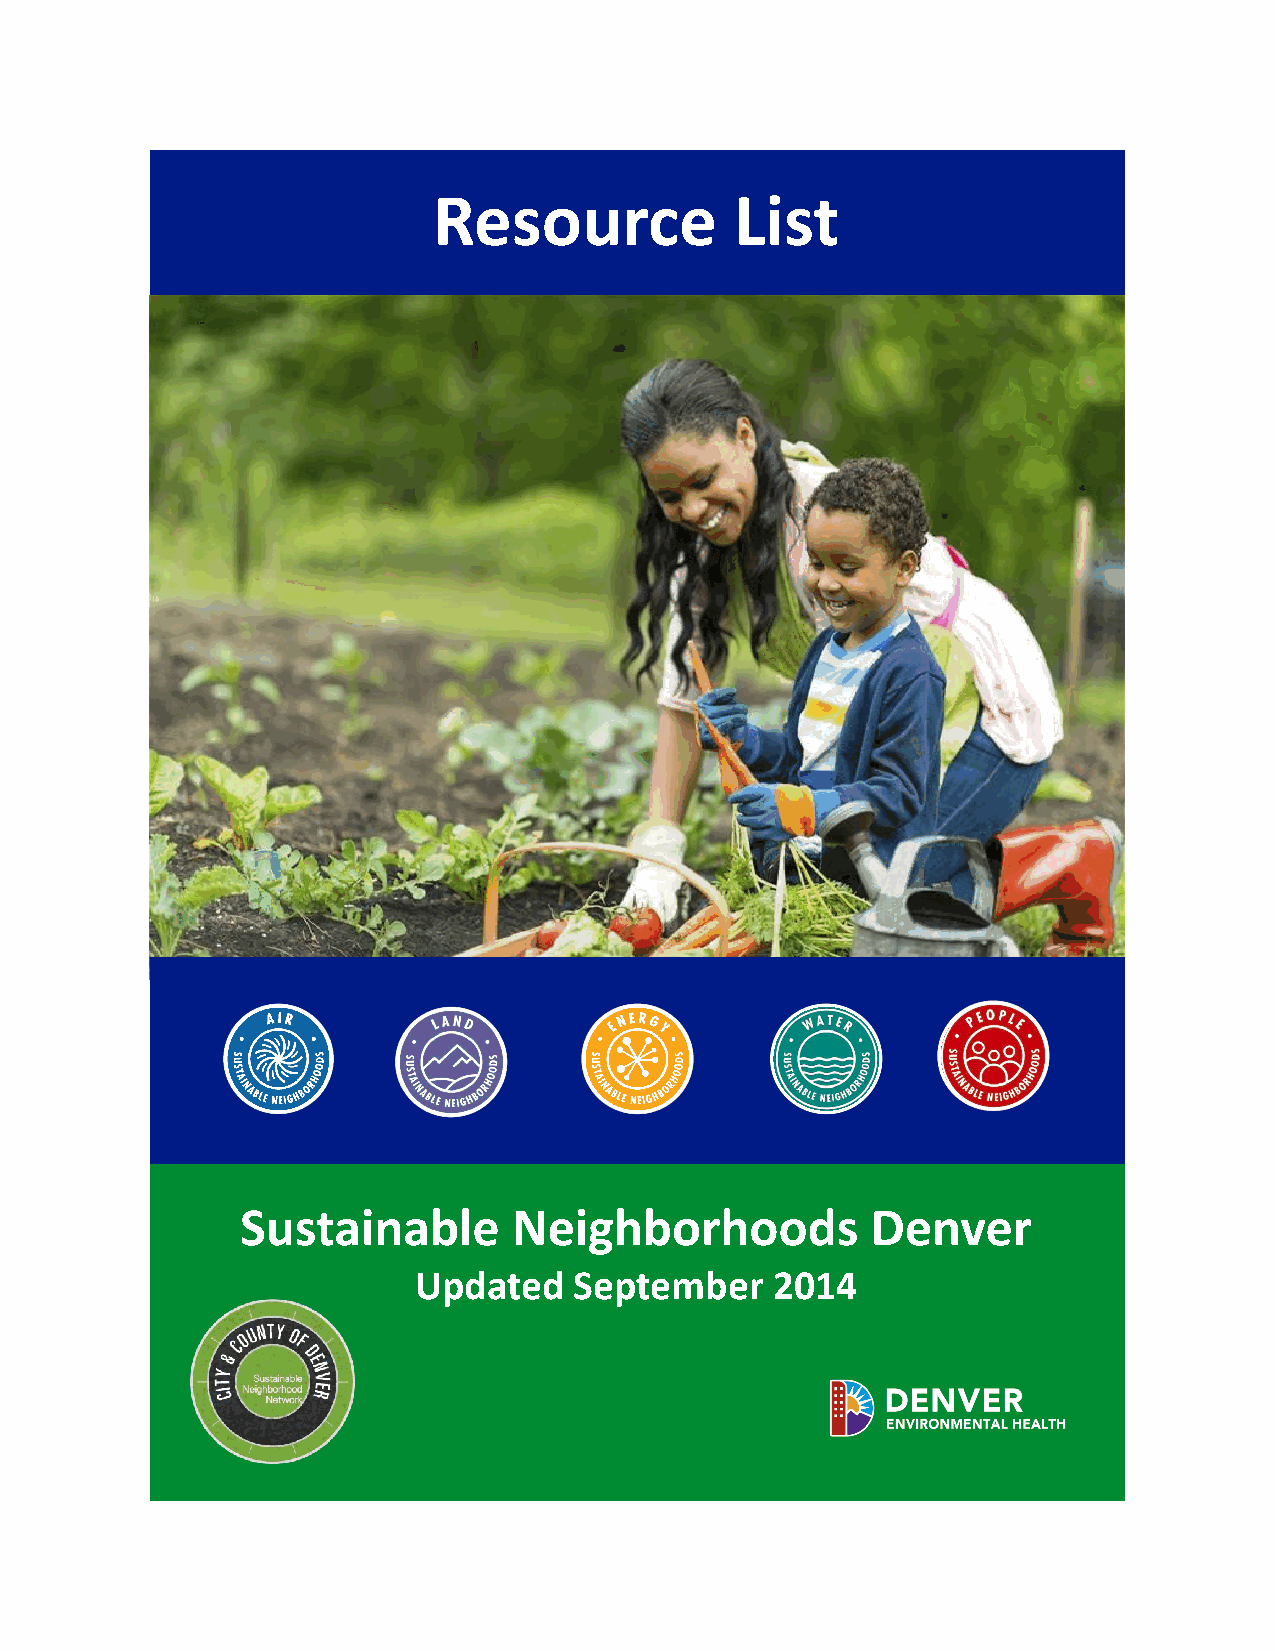
Resource            List
 Sustainable       Neighborhoods           Denver
 Updated    September    2014